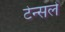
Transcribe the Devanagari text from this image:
टेन्सले